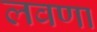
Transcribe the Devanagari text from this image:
लवणा